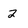
Character: 2